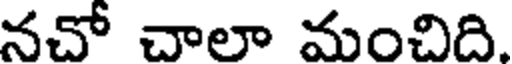
నచో చాలా మంచిది.